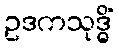
ဥဒကသုဒ္ဓိံ